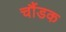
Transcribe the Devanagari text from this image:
चौंडक